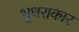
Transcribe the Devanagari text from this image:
भूधराकार